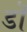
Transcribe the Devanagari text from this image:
डॊ